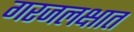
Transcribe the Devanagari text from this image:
गरजलक्षात